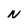
Character: N